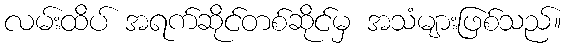
လမ်းထိပ် အရက်ဆိုင်တစ်ဆိုင်မှ အသံများဖြစ်သည်။